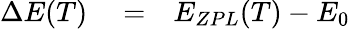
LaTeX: \begin{array}{rlr}{\Delta E(T)}&{{}=}&{E_{ZPL}(T)-E_{0}}\end{array}